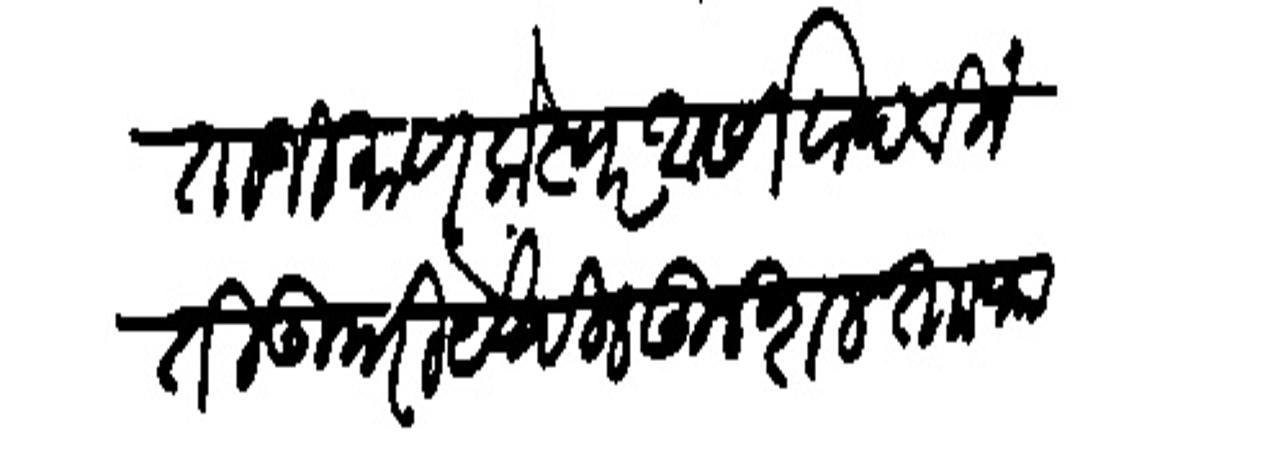
Transliteration (Devanagari): अताजी माणकेस्वर आसिवाद विनंती उपरि येचीख कुशल ता फालगुण